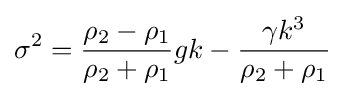
\sigma ^{2}={\frac {\rho _{2}-\rho _{1}}{\rho _{2}+\rho _{1}}}gk-{\frac {\gamma k^{3}}{\rho _{2}+\rho _{1}}}